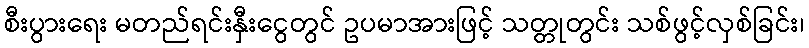
စီးပွားရေး မတည်ရင်းနှီးငွေတွင် ဥပမာအားဖြင့် သတ္တုတွင်း သစ်ဖွင့်လှစ်ခြင်း၊